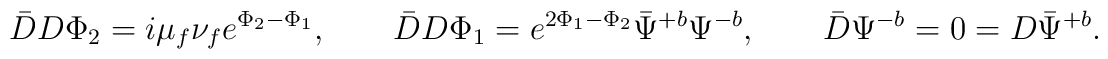
\bar DD\Phi_2=i\mu_f\nu_fe^{\Phi_2-\Phi_1},\qquad\bar DD\Phi_1=e^{2\Phi_1-\Phi_2}\bar\Psi^{+b}\Psi^{-b},\qquad \bar D\Psi^{-b}=0=D\bar\Psi^{+b}.